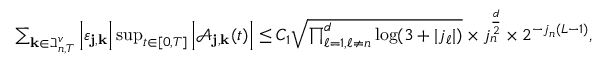
\begin{array} { r l } & { \sum _ { \mathbf { k } \in \beth _ { n , T } ^ { v } } \left| \varepsilon _ { \mathbf { j } , \mathbf { k } } \right| \operatorname* { s u p } _ { t \in [ 0 , T ] } \left| \mathcal { A } _ { \mathbf { j } , \mathbf { k } } ( t ) \right| \leq C _ { 1 } \sqrt { \prod _ { \ell = 1 , \ell \neq n } ^ { d } \log ( 3 + | j _ { \ell } | ) } \times j _ { n } ^ { \frac { d } { 2 } } \times 2 ^ { - j _ { n } ( L - 1 ) } , } \end{array}